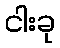
ငါးခု